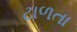
ટાળતા